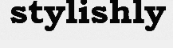
stylishly